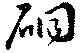
硐